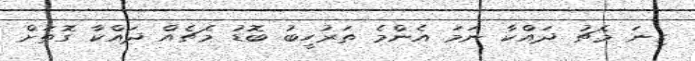
ގިނަ މެޗު ދައްކާ ނަމަ އެންމެ ތަރުހީބު ބޮޑު މެޗެއް ދައްކާ ގޮތަށް